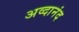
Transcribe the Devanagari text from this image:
अव्दानंद